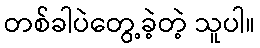
တစ်ခါပဲတွေ့ခဲ့တဲ့ သူပါ။